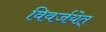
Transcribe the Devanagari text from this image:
विवर्जयेत्